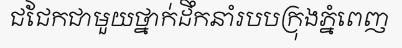
ជជែកជាមួយថ្នាក់ដឹកនាំរបបក្រុងភ្នំពេញ